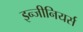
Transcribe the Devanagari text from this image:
इन्जीनियर्स